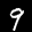
Label: 9